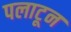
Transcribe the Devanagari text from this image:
पलाटून